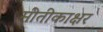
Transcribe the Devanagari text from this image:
मीतीकाक्षर